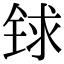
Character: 𨱇